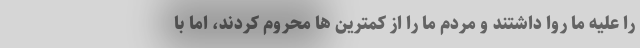
را علیه ما روا داشتند و مردم ما را از کمترین ها محروم کردند، اما با